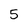
Character: 5